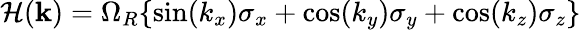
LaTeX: \mathcal{H}(\mathbf{k})=\Omega_{R}\{ \mathrm{sin}(k_{x})\sigma_{x}+\mathrm{cos}(k_{y})\sigma_{y}+\mathrm{cos}(k_{z})\sigma_{z}\}